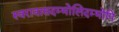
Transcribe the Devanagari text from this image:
स्वरावासदम्भोलिदम्भोपि